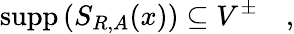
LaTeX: \mathrm{supp}\, (S_{R,A}(x))\subseteq V^{\pm}\quad,